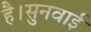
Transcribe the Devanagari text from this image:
है।सुनवाई